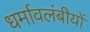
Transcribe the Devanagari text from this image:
धर्मावलंबीयों